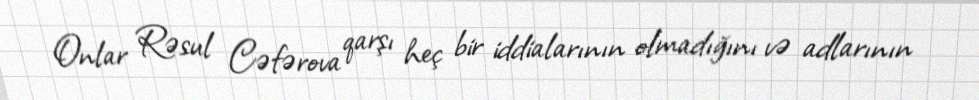
Onlar Rəsul Cəfərova qarşı heç bir iddialarının olmadığını və adlarının